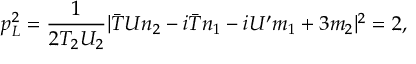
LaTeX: p _ { L } ^ { 2 } = \frac { 1 } { 2 T _ { 2 } U _ { 2 } } | { \bar { T } } U n _ { 2 } - i { \bar { T } } n _ { 1 } - i U ^ { \prime } m _ { 1 } + 3 m _ { 2 } | ^ { 2 } = 2 ,